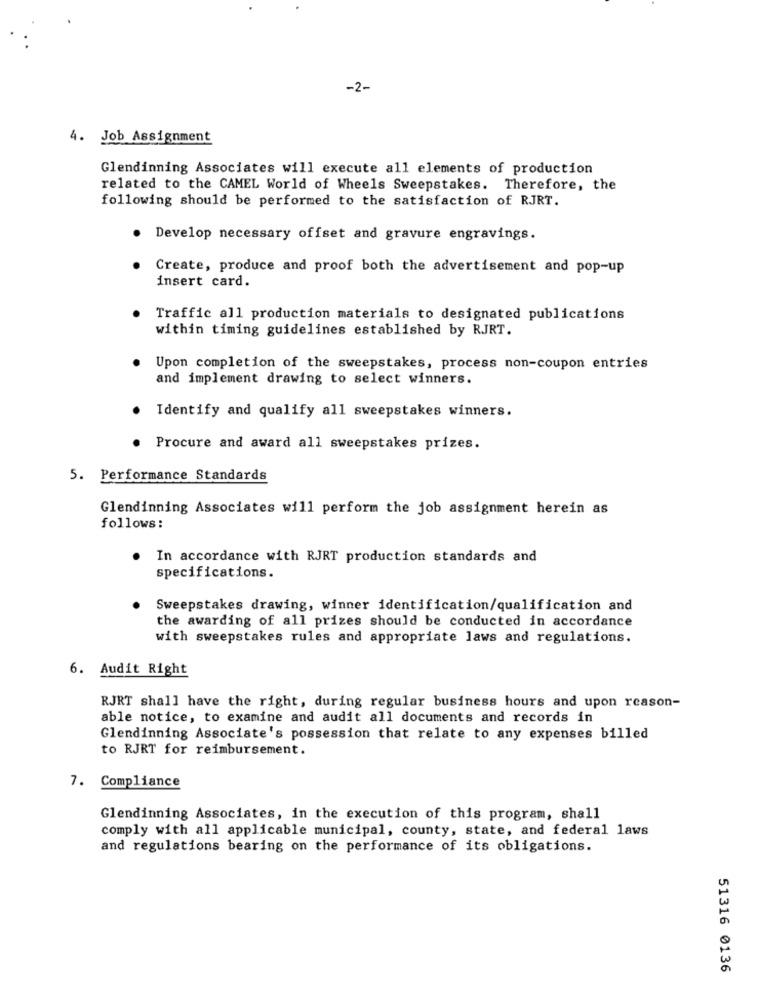
-2-
4. Job Assignment
Glendinning Associates will execute all elements of production
related to the CAMEL World of Wheels Sweepstakes. Therefore, the
following should be performed to the satisfaction of RJRT.
. Develop necessary offset and gravure engravings.
Create, produce and proof both the advertisement and pop-up
insert card.
Traffic all production materials to designated publications
within timing guidelines established by RJRT.
Upon completion of the sweepstakes, process non-coupon entries
and implement drawing to select winners.
Identify and qualify all sweepstakes winners.
. Procure and award all sweepstakes prizes.
5. Performance Standards
Glendinning Associates will perform the job assignment herein as
follows:
. In accordance with RJRT production standards and
specifications.
Sweepstakes drawing, winner identification/qualification and
the awarding of all prizes should be conducted in accordance
with sweepstakes rules and appropriate laws and regulations.
6. Audit Right
RJRT shall have the right, during regular business hours and upon reason-
able notice, to examine and audit all documents and records in
Glendinning Associate's possession that relate to any expenses billed
to RJRT for reimbursement.
7. Compliance
Glendinning Associates, in the execution of this program, shall
comply with all applicable municipal, county, state, and federal laws
and regulations bearing on the performance of its obligations.
51316 0136